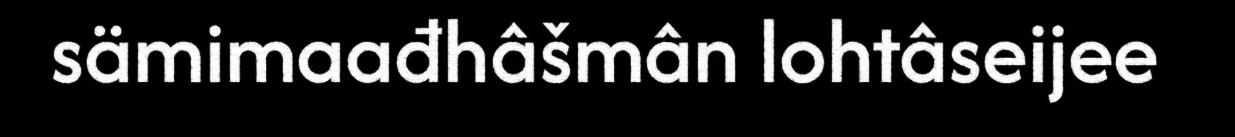
sämimaađhâšmân lohtâseijee